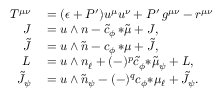
\begin{array} { r l } { T ^ { \mu \nu } } & { { } = ( \epsilon + P ^ { \prime } ) u ^ { \mu } u ^ { \nu } + P ^ { \prime } \, g ^ { \mu \nu } - r ^ { \mu \nu } } \\ { J } & { { } = u \wedge n - \tilde { c } _ { \phi } \, { * \tilde { \mu } } + { \cal J } , } \\ { \tilde { J } } & { { } = u \wedge \tilde { n } - c _ { \phi } \, { * \mu } + { \cal \tilde { J } } , } \\ { L } & { { } = u \wedge n _ { \ell } + ( - ) ^ { p } \tilde { c } _ { \phi } { * \tilde { \mu } _ { \psi } } + { \cal L } , } \\ { \tilde { J } _ { \psi } } & { { } = u \wedge \tilde { n } _ { \psi } - ( - ) ^ { q } c _ { \phi } { * \mu _ { \ell } } + \tilde { \cal J } _ { \psi } . } \end{array}